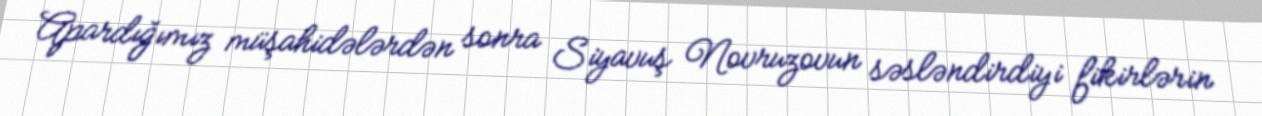
Apardığımız müşahidələrdən sonra Siyavuş Novruzovun səsləndirdiyi fikirlərin